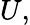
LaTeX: U,